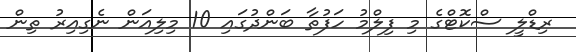
ރިޑްލީ ސްކޮޓްގެ މި ފިލްމު ހަފުތާ ބަންދުގައި 10 މިލިއަން ނެގިއިރު ތިން